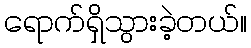
ရောက်ရှိသွားခဲ့တယ်။